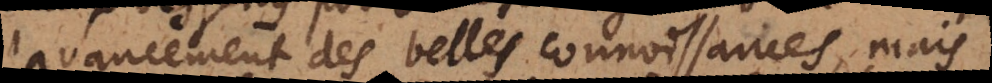
l’avancement des belles connoissances, mais